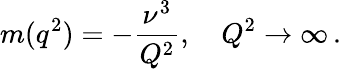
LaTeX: m(q^{2})=-\frac{\nu^{3}}{Q^{2}},\quad Q^{2}\to\infty\, .